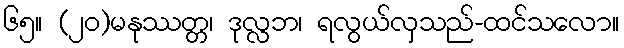
၆၅။ (၂၀)မနုဿတ္တ၊ ဒုလ္လဘ၊ ရလွယ်လှသည်-ထင်သလော။